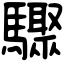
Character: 驟